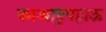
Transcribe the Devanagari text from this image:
काआहुपहाऊ